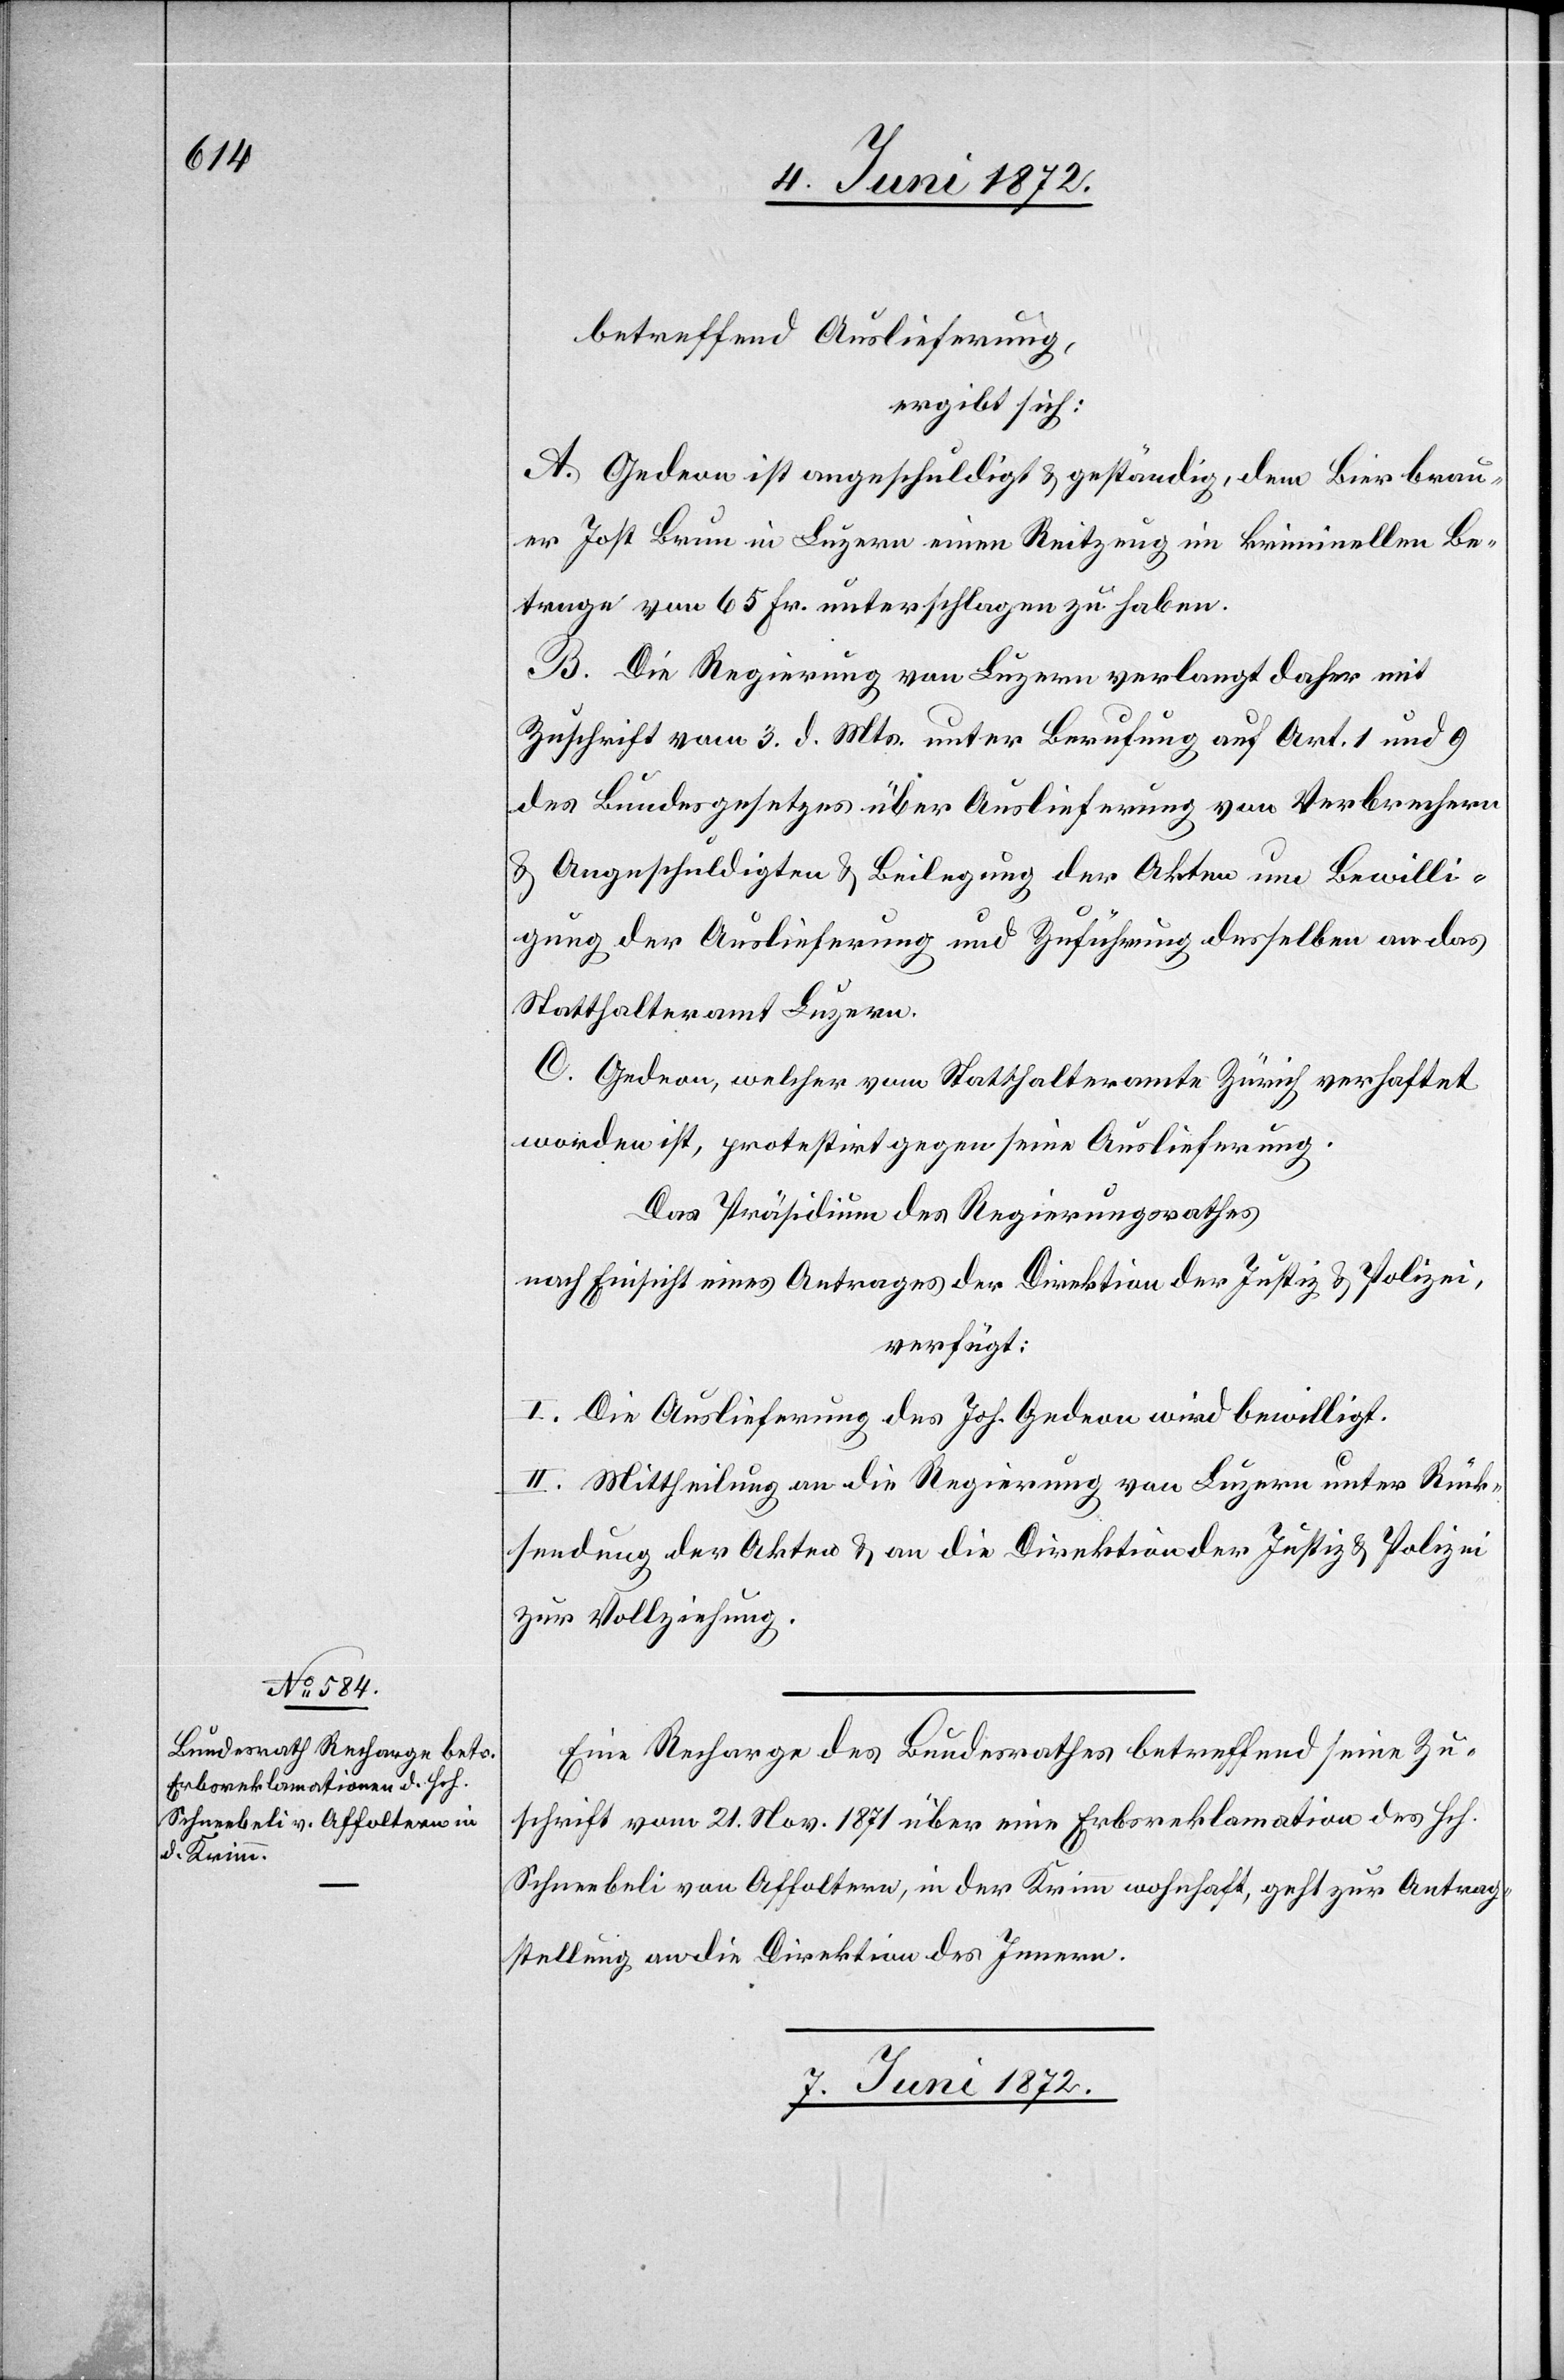
betreffend Auslieferung,
ergibt sich:
A. Gedeon ist angeschuldigt u. geständig, dem Bierbrau¬
er Jost Brun in Luzern einen Reitzeug [sic!] im kriminellen Be¬
trage von 65 Fr. unterschlagen zu haben.
B. Die Regierung von Luzern verlangt daher mit
Zuschrift vom 3. d. Mts. unter Berufung auf Art. 1 und 9
des Bundesgesetzes über Auslieferung von Verbrechern
u. Angeschuldigten u. Beilegung der Akten um Bewilli¬
gung der Auslieferung und Zuführung desselben an das
Statthalteramt Luzern.
C. Gedeon, welcher vom Statthalteramte Zürich verhaftet
worden ist, protestirt gegen seine Auslieferung.
Das Präsidium des Regierungsrathes
nach Einsicht eines Antrages der Direktion der Justiz u. Polizei,
verfügt:
I. Die Auslieferung des Joh. Gedeon wird bewilligt.
II. Mittheilung an die Regierung von Luzern unter Rück¬
sendung der Akten u. an die Direktion der Justiz u. Polizei
zur Vollziehung.
Eine Recharge des Bundesrathes betreffend seine Zu¬
schrift vom 21. Nov. 1871 über eine Erbsreklamation des Hch.
Schneebeli von Affoltern, in der Krimm wohnhaft, geht zur Antrag¬
stellung an die Direktion des Innern.
6. Juni 1872.]